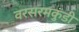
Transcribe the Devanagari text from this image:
वरसरमकुंडी